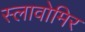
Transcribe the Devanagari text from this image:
स्लावोमिर